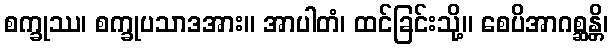
စက္ခုဿ၊ စက္ခုပသာဒအား။ အာပါတံ၊ ထင်ခြင်းသို့။ စေပိအာဂစ္ဆန္တိ၊